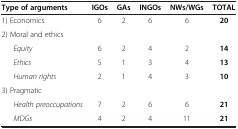
<table><thead><tr><td><b>Type of arguments</b></td><td><b>IGOs</b></td><td><b>GAs</b></td><td><b>INGOs</b></td><td><b>NWs/WGs</b></td><td><b>TOTAL</b></td></tr></thead><tbody><tr><td>1) Economics</td><td>6</td><td>2</td><td>6</td><td>6</td><td><b>20</b></td></tr><tr><td colspan="6">2) Moral and ethics</td></tr><tr><td><i>Equity</i></td><td>6</td><td>2</td><td>4</td><td>2</td><td><b>14</b></td></tr><tr><td><i>Ethics</i></td><td>5</td><td>1</td><td>3</td><td>4</td><td><b>13</b></td></tr><tr><td><i>Human rights</i></td><td>2</td><td>1</td><td>4</td><td>3</td><td><b>10</b></td></tr><tr><td colspan="6">3) Pragmatic</td></tr><tr><td><i>Health preoccupations</i></td><td>7</td><td>2</td><td>6</td><td>6</td><td><b>21</b></td></tr><tr><td><i>MDGs</i></td><td>4</td><td>2</td><td>4</td><td>11</td><td><b>21</b></td></tr></tbody></table>